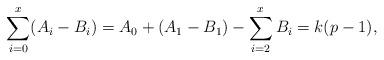
LaTeX: \begin{align*}\sum_{i=0}^x (A_i - B_i) = A_ 0 + (A_1 - B_1) - \sum_{i=2}^x B_i = k(p-1),\end{align*}